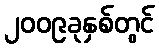
၂၀၀၉ခုနှစ်တွင်